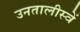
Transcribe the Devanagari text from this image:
उनतालीस्वें